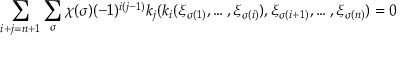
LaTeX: \sum _ { i + j = n + 1 } \sum _ { \sigma } \chi ( \sigma ) ( - 1 ) ^ { i ( j - 1 ) } k _ { j } ( k _ { i } ( \xi _ { \sigma ( 1 ) } , \dots , \xi _ { \sigma ( i ) } ) , \xi _ { \sigma ( i + 1 ) } , \dots , \xi _ { \sigma ( n ) } ) = 0